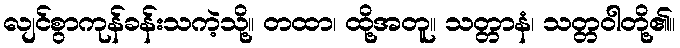
လျင်စွာကုန်ခန်းသကဲ့သို့။ တထာ၊ ထို့အတူ။ သတ္တာနံ၊ သတ္တဝါတို့၏။